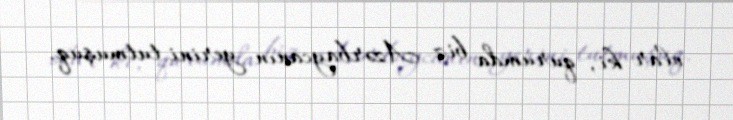
olar ki, qurumda biz Azərbaycanın yerini tutmuşuq.